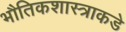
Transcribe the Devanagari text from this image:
भौतिकशास्त्राकडे